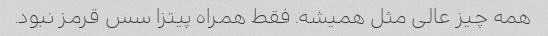
همه چیز عالی مثل همیشه. فقط همراه پیتزا سس قرمز نبود.